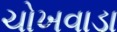
ચોખવાડા